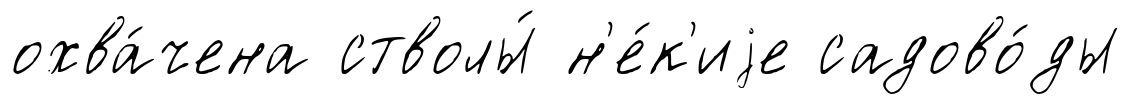
охва́чена стволы́ н'е́к'иjе садово́ды